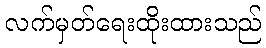
လက်မှတ်ရေးထိုးထားသည်